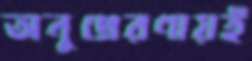
অনুপ্রেরণায়ই